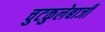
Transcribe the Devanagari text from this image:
चुटकुलेबाजी